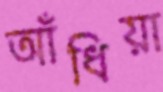
আঁধিয়া